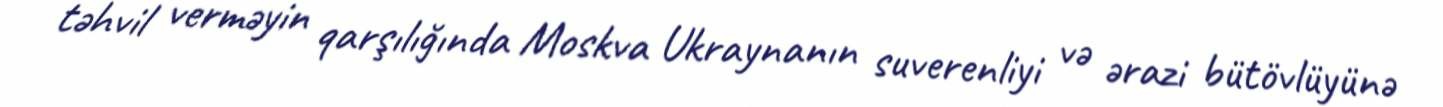
təhvil verməyin qarşılığında Moskva Ukraynanın suverenliyi və ərazi bütövlüyünə